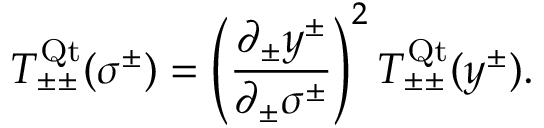
T _ { \pm \pm } ^ { \mathrm { Q t } } ( \sigma ^ { \pm } ) = \left( \frac { \partial _ { \pm } y ^ { \pm } } { \partial _ { \pm } \sigma ^ { \pm } } \right) ^ { 2 } T _ { \pm \pm } ^ { \mathrm { Q t } } ( y ^ { \pm } ) .